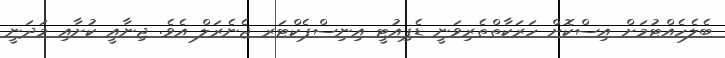
ބެލެހެއްޓުމަށް އިސްކޮށް ހަރަކާތްތެރިވަނީ ޑެޕިއުޓީ އިނިސްޕެކްޓަރ ޖެނެރަލް އެވެ. ޖިނާއީ ކުށާއި މަދަނީ